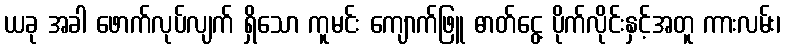
ယခု အခါ ဖောက်လုပ်လျက် ရှိသော ကူမင်း ကျောက်ဖြူ ဓာတ်ငွေ့ ပိုက်လိုင်းနှင့်အတူ ကားလမ်း၊